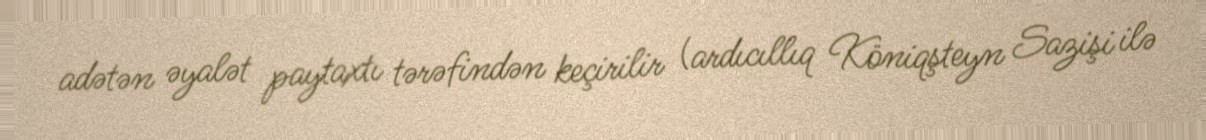
adətən əyalət paytaxtı tərəfindən keçirilir (ardıcıllıq Köniqşteyn Sazişi ilə